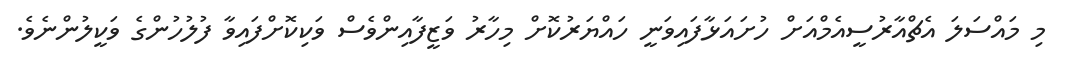
މި މައްސަލަ އެޗްއާރުސީއެމްއަށް ހުށައަޅާފައިވަނީ ހައްޔަރުކޮށް މިހާރު ވަޒީފާއިންވެސް ވަކިކޮށްފައިވާ ފުލުހުންގެ ވަކީލުންނެވެ.